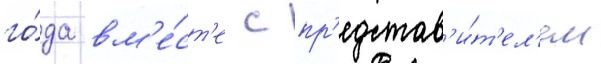
го́да вм'е́ст'е с пр'едстав'и́т'ел'ем